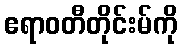
ဧရာဝတီတိုင်းမ်ကို